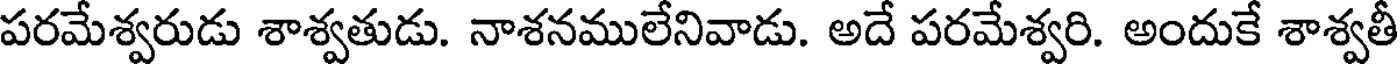
పరమేశ్వరుడు శాశ్వతుడు. నాశనములేనివాడు. అదే పరమేశ్వరి. అందుకే శాశ్వతీ